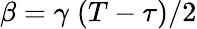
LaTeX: \beta={\gamma\; (T-\tau)}/{2}